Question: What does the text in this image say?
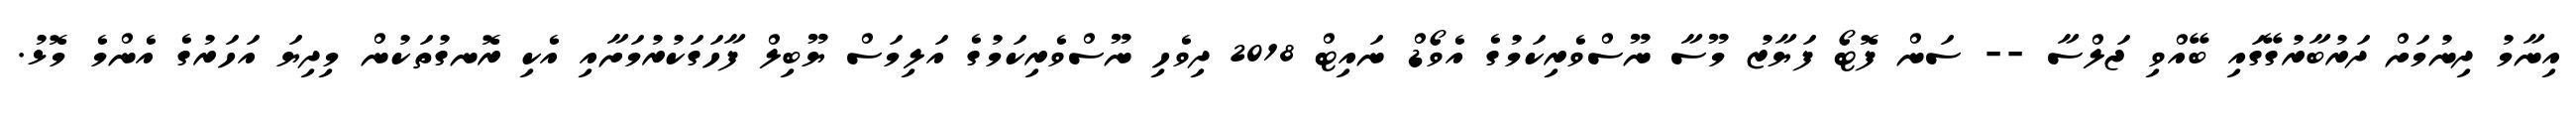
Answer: އިނާމު ދިނުމަށް ދަރުބާރުގޭގައި ބޭއްވި ޖަލްސާ -- ސަން ފޮޓޯ ފަޔާޒު މޫސާ ނޫސްވެރިކަމުގެ އެވޯޑް ނައިޓް 2018 ދިވެހި ނޫސްވެރިކަމުގެ އަލިމަސް ޔޫބިލް ފާހަގަކުރުމަށާއި އެކި ރޮނގުތަކުން މިދިޔަ އަހަރުގެ އެންމެ މޮޅު.